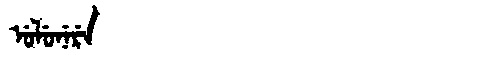
Manchu: ᡠᠯᡠᠨᡝᡵᡝ
Romanization: ULUNERE